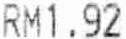
RM1.92